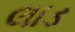
લાડ